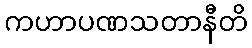
ကဟာပဏသတာနီတိ